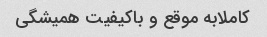
کاملابه موقع و باکیفیت همیشگی